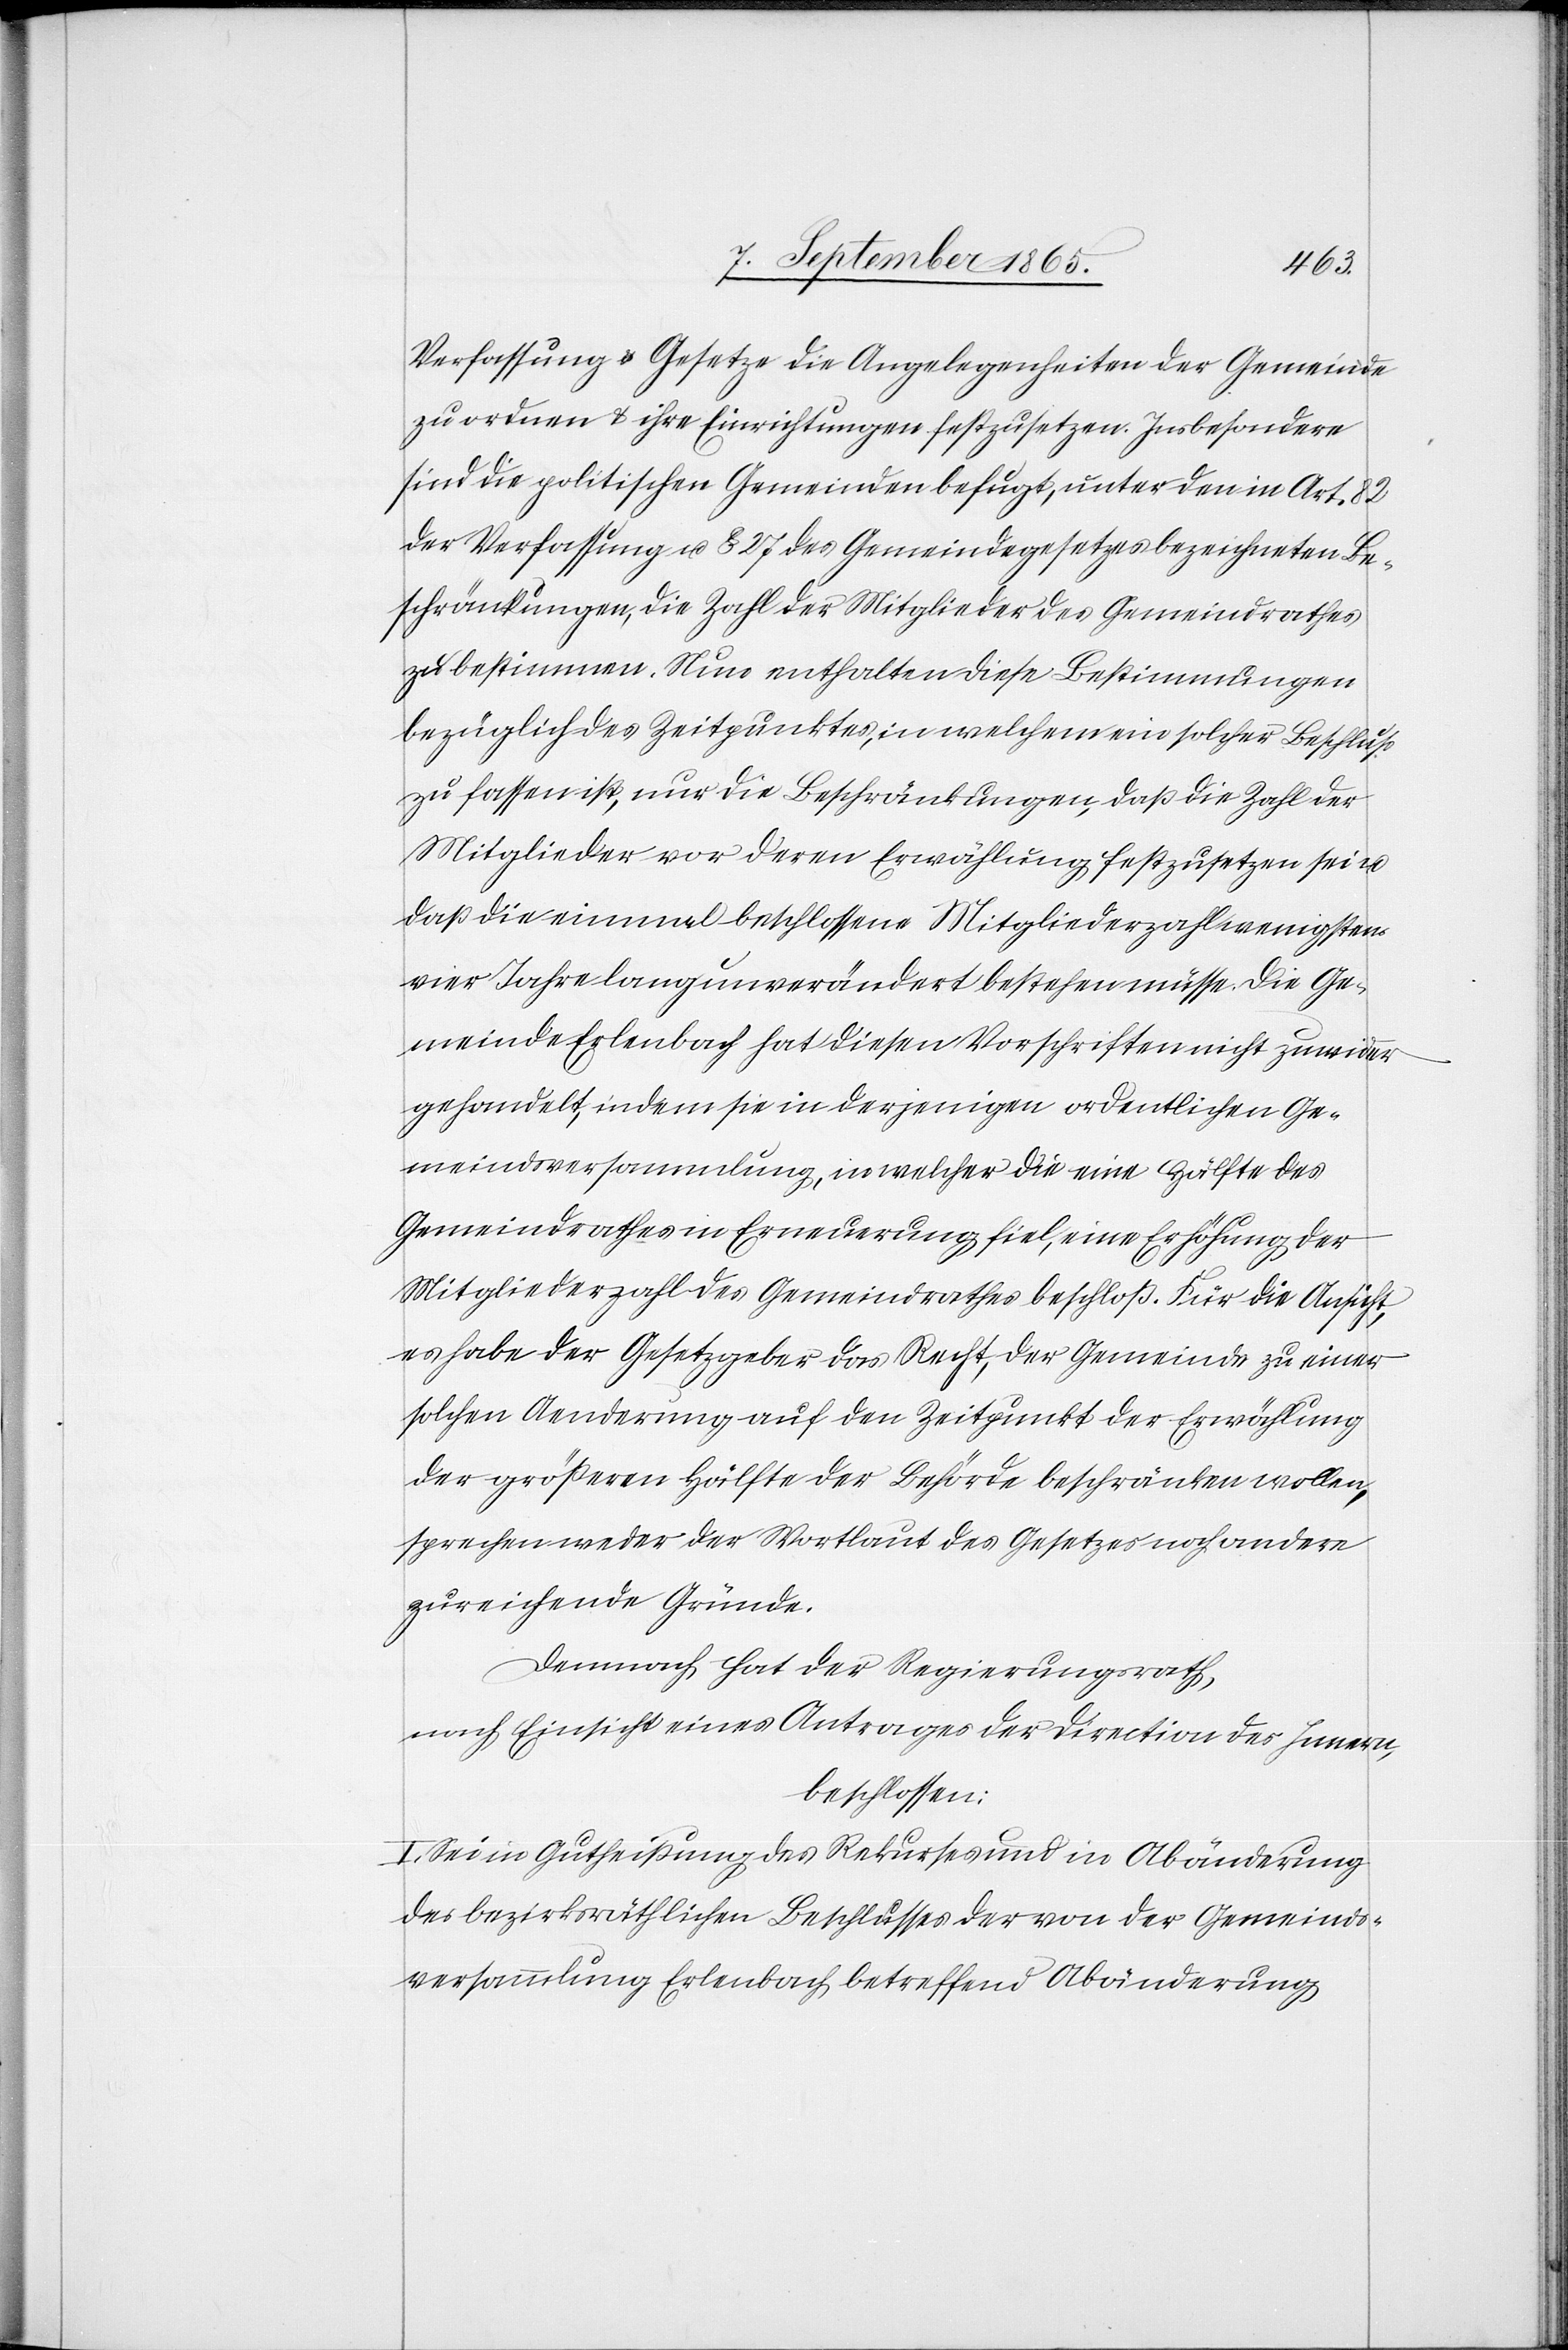
Verfassung u. Gesetze die Angelegenheiten der Gemeinde
zu ordnen u. ihre Einrichtungen festzusetzen. Insbesondere
sind die politischen Gemeinden befugt, unter den in Art. 82
der Verfassung u. § 27 des Gemeindegesetzes bezeichneten Be¬
schränkungen, die Zahl der Mitglieder des Gemeindrathes
zu bestimmen. Nun enthalten diese Bestimmungen
bezüglich des Zeitpunktes, in welchem ein solcher Beschluß
zu fassen ist, nur die Beschränkungen, daß die Zahl der
Mitglieder vor deren Erwählung festzusetzen sei u.
daß die einmal beschlossene Mitgliederzahl wenigstens
vier Jahre lang unverändert bestehen müsse. Die Ge¬
meinde Erlenbach hat diesen Vorschriften nicht zuwider
gehandelt, indem sie in derjenigen ordentlichen Ge¬
meindsversammlung, in welcher die eine Hälfte des
Gemeindrathes in Erneuerung fiel, eine Erhöhung der
Mitgliederzahl des Gemeindrathes beschloß. Für die Ansicht,
es habe der Gesetzgeber das Recht, der Gemeinde zu einer
solchen Aenderung auf den Zeitpunkt der Erwählung
der größeren Hälfte der Behörde beschränken wollen,
sprechen weder der Wortlaut des Gesetzes noch andere
zureichende Gründe.
Demnach hat der Regierungsrath,
nach Einsicht eines Antrages der Direction des Innern,
beschlossen:
I. Sei in Gutheißung des Rekurses und in Abänderung
des bezirksräthlichen Beschlusses der von der Gemeinds¬
versammlung Erlenbach betreffend Abänderung